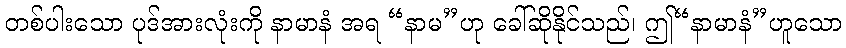
တစ်ပါးသော ပုဒ်အားလုံးကို နာမာနံ အရ “နာမ”ဟု ခေါ်ဆိုနိုင်သည်၊ ဤ“နာမာနံ”ဟူသော